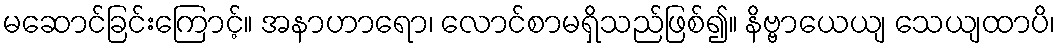
မဆောင်ခြင်းကြောင့်။ အနာဟာရော၊ လောင်စာမရှိသည်ဖြစ်၍။ နိဗ္ဗာယေယျ သေယျထာပိ၊